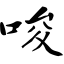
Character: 唆